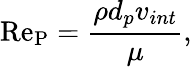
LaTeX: \mathrm{\mathrm{Re}_{P}}=\frac{\rho d_{p}v_{int}}{\mu},